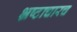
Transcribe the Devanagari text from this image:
भ्रष्टाचारच